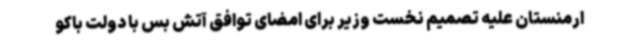
ارمنستان علیه تصمیم نخست وزیر برای امضای توافق آتش بس با دولت باکو